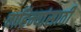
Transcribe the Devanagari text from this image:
वाहिन्यांसाठी